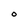
Character: 0